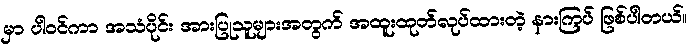
မှာ ပါဝင်ကာ အသံပိုင်း အားပြုသူများအတွက် အထူးထုတ်လုပ်ထားတဲ့ နားကြပ် ဖြစ်ပါတယ်။